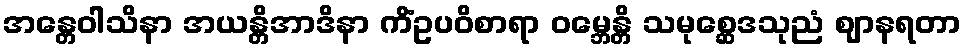
အန္တေဝါသိနာ အယန္တိအာဒိနာ ကိံဥပဝိစာရာ ဝမ္ဘေန္တိ သမုစ္ဆေဒသုညံ ဈာနရတာ